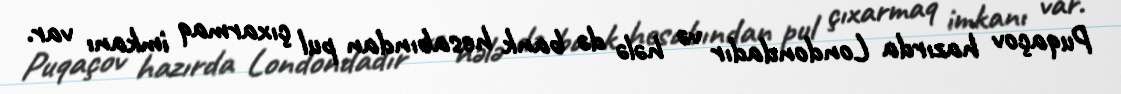
Puqaçov hazırda Londondadır və hələ də bank hesabından pul çıxarmaq imkanı var.